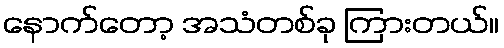
နောက်တော့ အသံတစ်ခု ကြားတယ်။